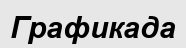
Графикада